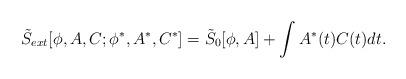
LaTeX: \begin{align*}\tilde{S}_{ext}[\phi,A,C;\phi^*,A^*,C^*] = \tilde{S}_0[\phi,A]+ \int A^*(t)C(t)dt.\end{align*}